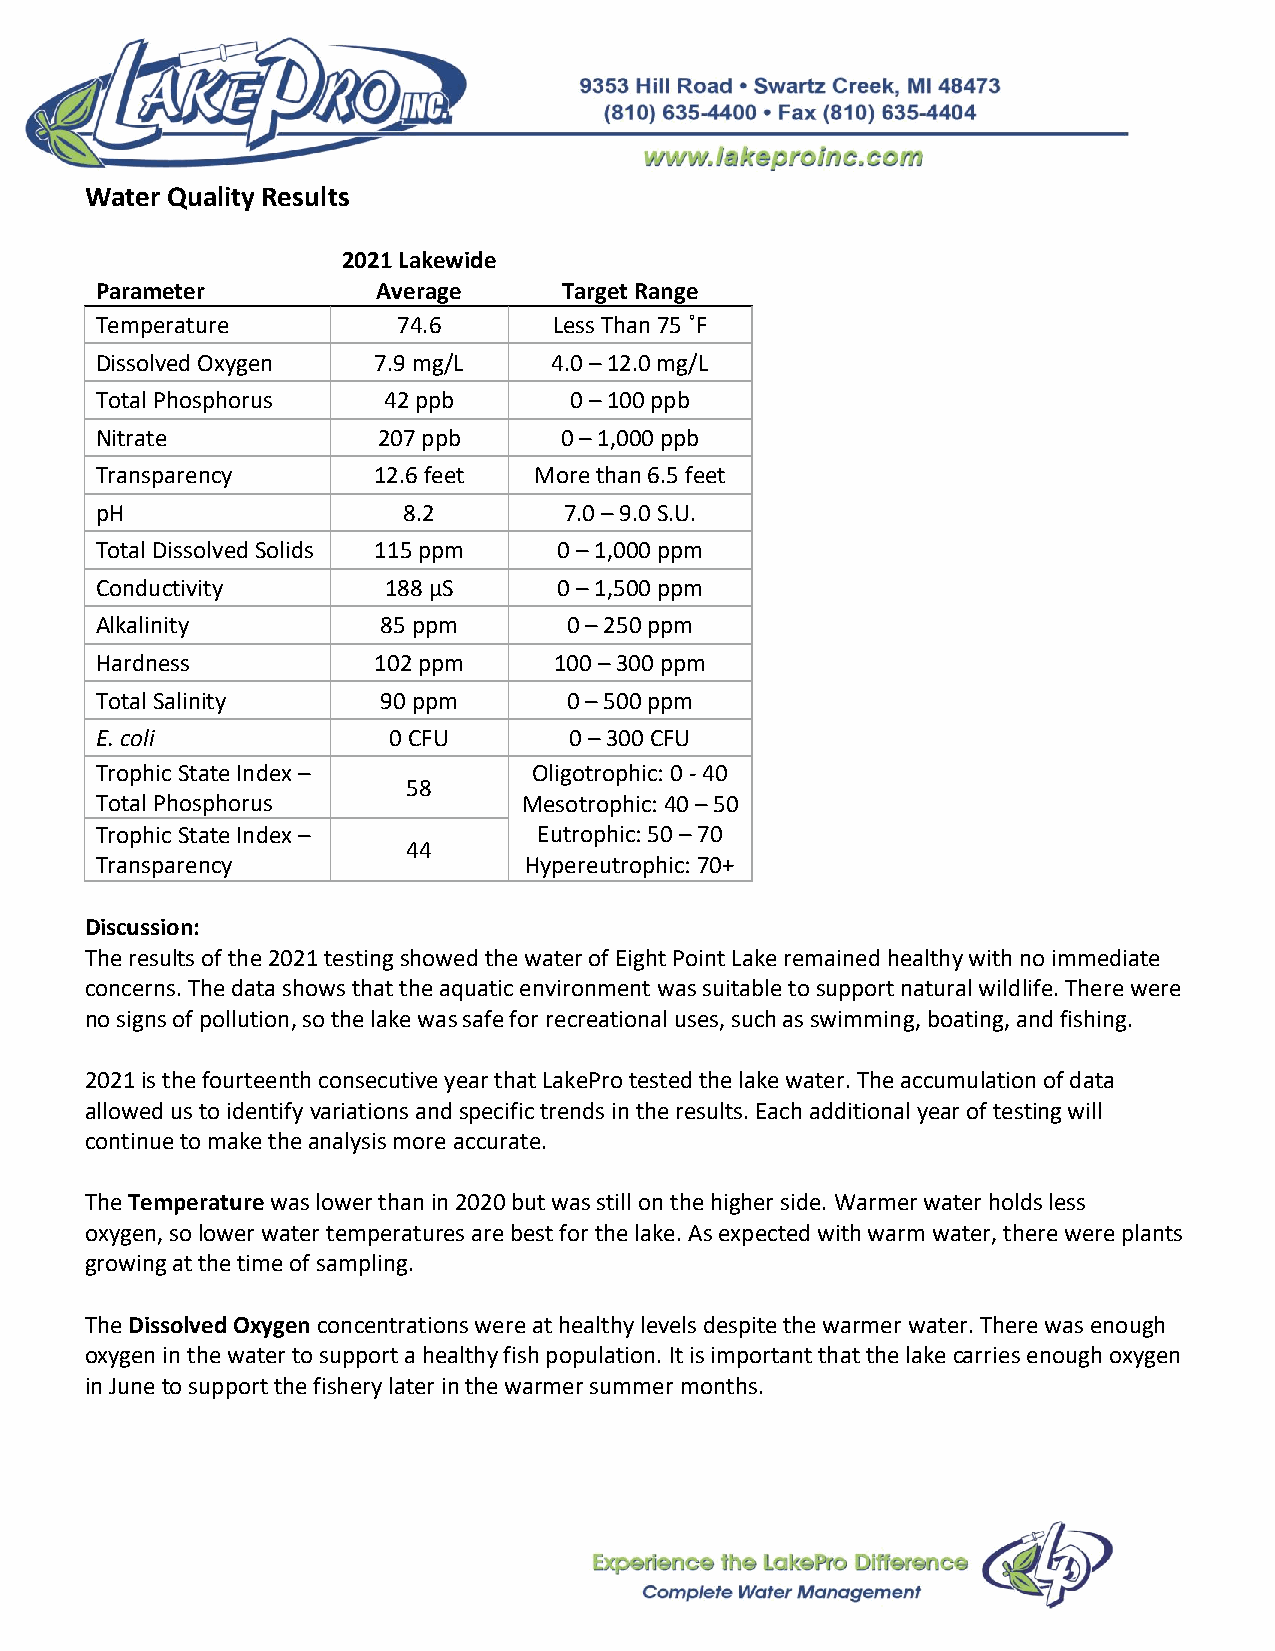
Water Quality Results
 2021 Lakewide
 Parameter          Average     Target Range
 Temperature         74.6       Less Than 75 ˚F
 Dissolved Oxygen   7.9 mg/L    4.0 – 12.0 mg/L
 Total Phosphorus   42 ppb       0 – 100 ppb
 Nitrate            207 ppb     0 – 1,000 ppb
 Transparency       12.6 feet More than 6.5 feet
 pH                   8.2       7.0 – 9.0 S.U.
 Total Dissolved Solids 115 ppm 0 – 1,000 ppm
 Conductivity       188 μS      0 – 1,500 ppm
 Alkalinity         85 ppm       0 – 250 ppm
 Hardness           102 ppm     100 – 300 ppm
 Total Salinity     90 ppm       0 – 500 ppm
 E. coli             0 CFU       0 – 300 CFU
 Trophic State Index –        Oligotrophic: 0 - 40
 58
 Total Phosphorus             Mesotrophic: 40 – 50
 Trophic State Index –         Eutrophic: 50 – 70
 44
 Transparency                 Hypereutrophic: 70+
 Discussion:
 The results of the 2021 testing showed the water of Eight Point Lake remained healthy with no immediate
 concerns. The data shows that the aquatic environment was suitable to support natural wildlife. There were
 no signs of pollution, so the lake was safe for recreational uses, such as swimming, boating, and fishing.
 2021 is the fourteenth consecutive year that LakePro tested the lake water. The accumulation of data
 allowed us to identify variations and specific trends in the results. Each additional year of testing will
 continue to make the analysis more accurate.
 The Temperature was lower than in 2020 but was still on the higher side. Warmer water holds less
 oxygen, so lower water temperatures are best for the lake. As expected with warm water, there were plants
 growing at the time of sampling.
 The Dissolved Oxygen concentrations were at healthy levels despite the warmer water. There was enough
 oxygen in the water to support a healthy fish population. It is important that the lake carries enough oxygen
 in June to support the fishery later in the warmer summer months.